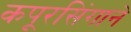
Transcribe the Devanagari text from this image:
कपूरसिंगाने